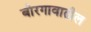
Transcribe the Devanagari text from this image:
बोरगावातील